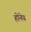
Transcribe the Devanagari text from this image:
होनेय